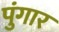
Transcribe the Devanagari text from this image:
पुंगार